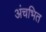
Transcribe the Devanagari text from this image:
अंचभित